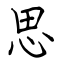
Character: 思